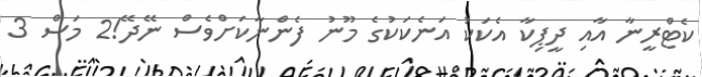
ކެޓްރީނާ އާއި ދީޕިކާ އެކަކު އަނެކަކުގެ މޫނު ފެންނާކަށްވެސް ނޭދޭ!2 މަސް 3